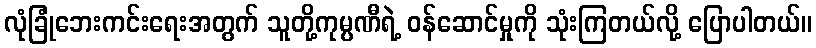
လုံခြုံဘေးကင်းရေးအတွက် သူတို့ကုမ္ပဏီရဲ့ ဝန်ဆောင်မှုကို သုံးကြတယ်လို့ ပြောပါတယ်။